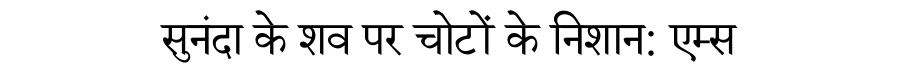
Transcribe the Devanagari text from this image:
सुनंदा के शव पर चोटों के निशान: एम्स